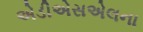
એડીએસએલના